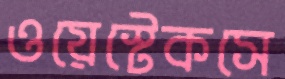
ওয়েস্টেকসে